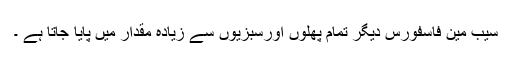
سیب مین فاسفورس دیگر تمام پھلوں اورسبزیوں سے زیادہ مقدار میں پایا جاتا ہے ۔